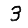
Digit: 3